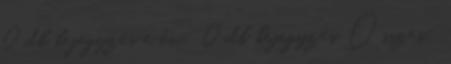
0 db bejegyzés e év: 0 db bejegyzés Összes: